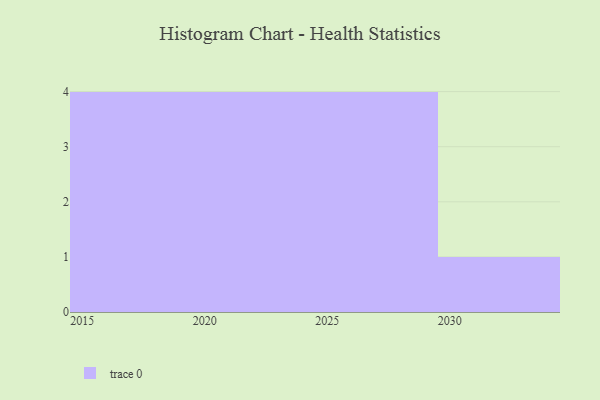
{"axis": {"x": "Year", "y": "LTV (USD)"}, "legend": [""], "data": [{"x": "2015", "y": 40, "type": ""}, {"x": "2030", "y": 61, "type": ""}, {"x": "2016", "y": 37, "type": ""}, {"x": "2027", "y": 37, "type": ""}, {"x": "2025", "y": 26, "type": ""}, {"x": "2017", "y": 8, "type": ""}, {"x": "2021", "y": 26, "type": ""}, {"x": "2018", "y": 23, "type": ""}, {"x": "2022", "y": 55, "type": ""}, {"x": "2029", "y": 38, "type": ""}, {"x": "2020", "y": 44, "type": ""}, {"x": "2028", "y": 84, "type": ""}, {"x": "2024", "y": 27, "type": ""}]}